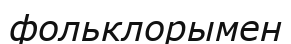
фольклорымен